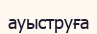
ауыструға